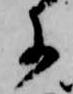
に